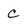
Character: C